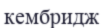
кембридж